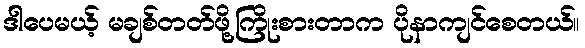
ဒါပေမယ့် မချစ်တတ်ဖို့ကြိုးစားတာက ပိုနာကျင်စေတယ်။